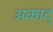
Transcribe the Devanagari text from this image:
अकाद्